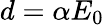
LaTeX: d=\alpha E_{0}